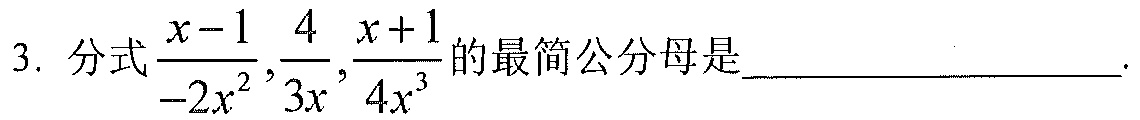
3. 分式$\dfrac{x - 1}{-2x^{2}},\dfrac{4}{3x},\dfrac{x + 1}{4x^{3}}$的最简公分母是____________________.